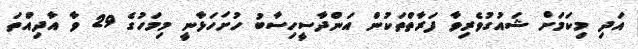
އަދި މިކަމަށް ޝައުގުވެރިވާ ފަރާތްތަކުން އަންދާސީހިސާބު ހުށަހަޅާނީ މިމަހުގެ 29 ވާ އާދިއްތަ